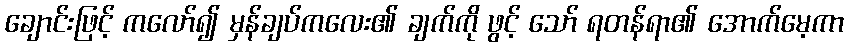
ချောင်းဖြင့် ကလော်၍ မှန်ချပ်ကလေး၏ ချက်ကို ဖွင့် သော် ရတန်ရာ၏ အောက်မေ့ကာ